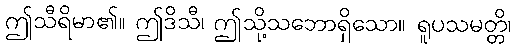
ဤသီရိမာ၏။ ဤဒိသီ၊ ဤသို့သဘောရှိသော။ ရူပသမတ္တိ၊